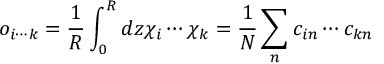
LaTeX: o _ { i \cdots k } = \frac { 1 } { R } \int _ { 0 } ^ { R } d z \chi _ { i } \cdots \chi _ { k } = \frac { 1 } { N } \sum _ { n } c _ { i n } \cdots c _ { k n }